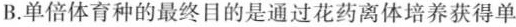
B.单倍体育种的最终目的是通过花药离体培养获得单